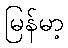
မြန်မာ့